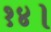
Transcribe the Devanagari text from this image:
१४।